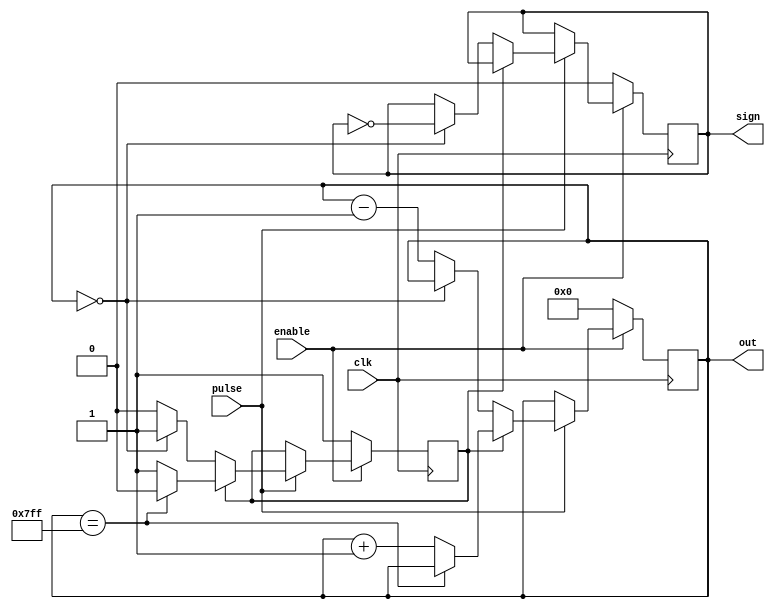
module triangle_counter_8bit (
                clk,
                enable,
                pulse,
                sign,       // 1 = negative, 0 = positive (signed bit for sine LUT)
                out
              );

  input clk;
  input enable;
  input pulse;
  reg direction; // 1 = right, 0 = left
  output reg sign;
  output reg [10:0] out;

  always @(posedge clk) begin
    if (!enable) begin
      out <= 11'b0;
      sign <= 1'b0;     // Initialize as positive
      direction <= 1'b1;
    end

    else if (pulse) begin
      // Moving to the right
      if (direction) begin
        if (out == 11'b11111111111) direction <= 1'b0;  // Move left now
        else out <= out + 1;
      end

      // Moving to the left 
      else if (!direction) begin
        if (out == 11'b0) begin
          direction <= 1'b1;  // Move right now
          sign <= ~sign;      // Change sign when hitting 1 from right
        end
        else out <= out - 1;
      end
    end
  end

endmodule